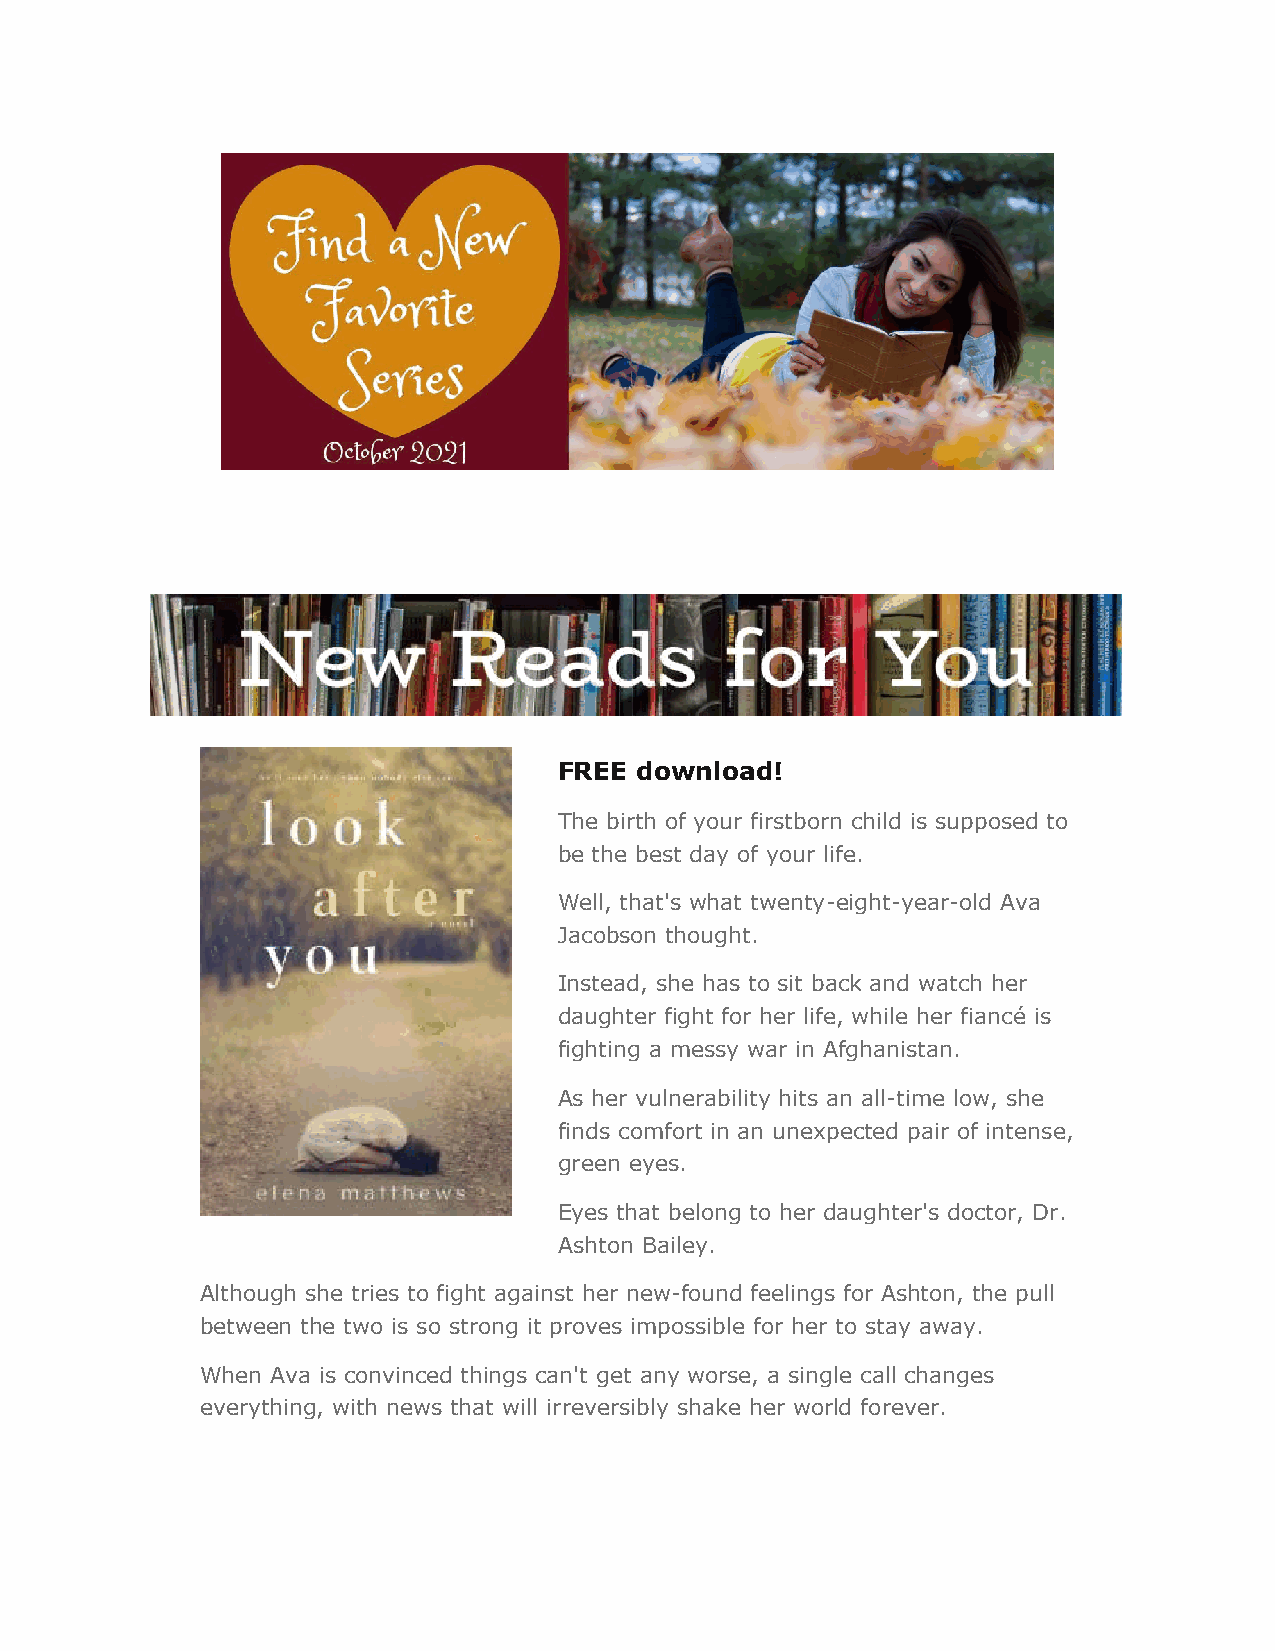
FREE download!
 The birth of your firstborn child is supposed to
 be the best day of your life.
 Well, that's what twenty-eight-year-old Ava
 Jacobson thought.
 Instead, she has to sit back and watch her
 daughter fight for her life, while her fiancé is
 fighting a messy war in Afghanistan.
 As her vulnerability hits an all-time low, she
 finds comfort in an unexpected pair of intense,
 green eyes.
 Eyes that belong to her daughter's doctor, Dr.
 Ashton Bailey.
 Although she tries to fight against her new-found feelings for Ashton, the pull
 between the two is so strong it proves impossible for her to stay away.
 When Ava is convinced things can't get any worse, a single call changes
 everything, with news that will irreversibly shake her world forever.